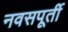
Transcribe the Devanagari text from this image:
नवसपूर्ती